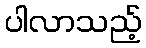
ပါလာသည့်